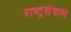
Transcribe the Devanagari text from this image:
राष्ट्रसंघास